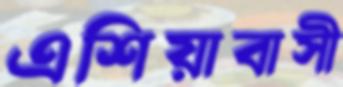
এশিয়াবাসী